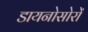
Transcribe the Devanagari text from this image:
डायनोसोरों